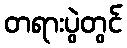
တရားပွဲတွင်